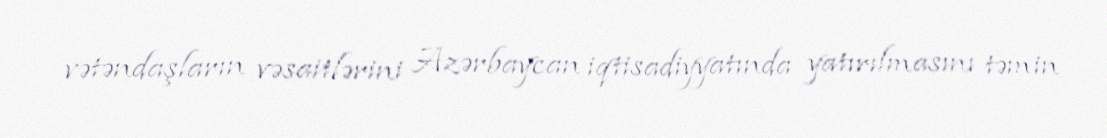
vətəndaşların vəsaitlərini Azərbaycan iqtisadiyyatında yatırılmasını təmin